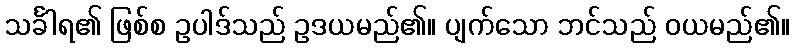
သင်္ခါရ၏ ဖြစ်စ ဥပါဒ်သည် ဥဒယမည်၏။ ပျက်သော ဘင်သည် ဝယမည်၏။